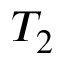
T _ { 2 }